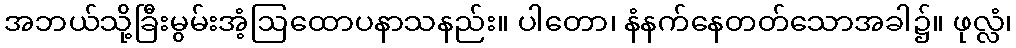
အဘယ်သို့ခြီးမွမ်းအံ့ဩထောပနာသနည်း။ ပါတော၊ နံနက်နေတတ်သောအခါ၌။ ဖုလ္လံ၊